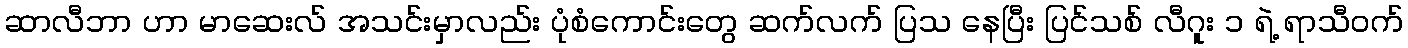
ဆာလီဘာ ဟာ မာဆေးလ် အသင်းမှာလည်း ပုံစံကောင်းတွေ ဆက်လက် ပြသ နေပြီး ပြင်သစ် လီဂူး ၁ ရဲ့ ရာသီဝက်